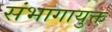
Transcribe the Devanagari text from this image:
संभागायुक्त